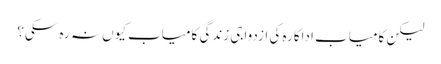
لیکن کامیاب اداکارہ کی ازدواجی زندگی کامیاب کیوں نہ رہ سکی؟